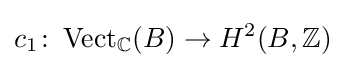
c_{1}\colon \operatorname {Vect} _{\mathbb {C} }(B)\rightarrow H^{2}(B,\mathbb {Z} )